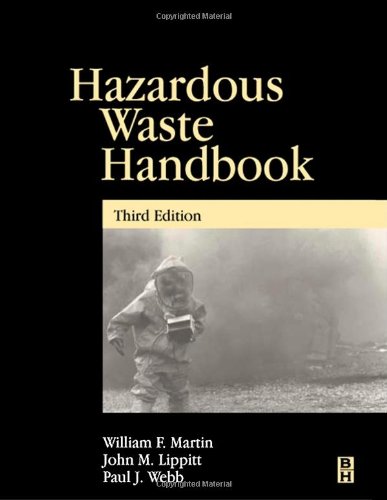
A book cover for Hazardous Waste Handbook, Third Edition; John Lippitt; Science & Math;